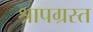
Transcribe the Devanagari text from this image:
श्रापग्रस्त